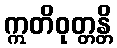
ဣတိဝုတ္တန္တိ